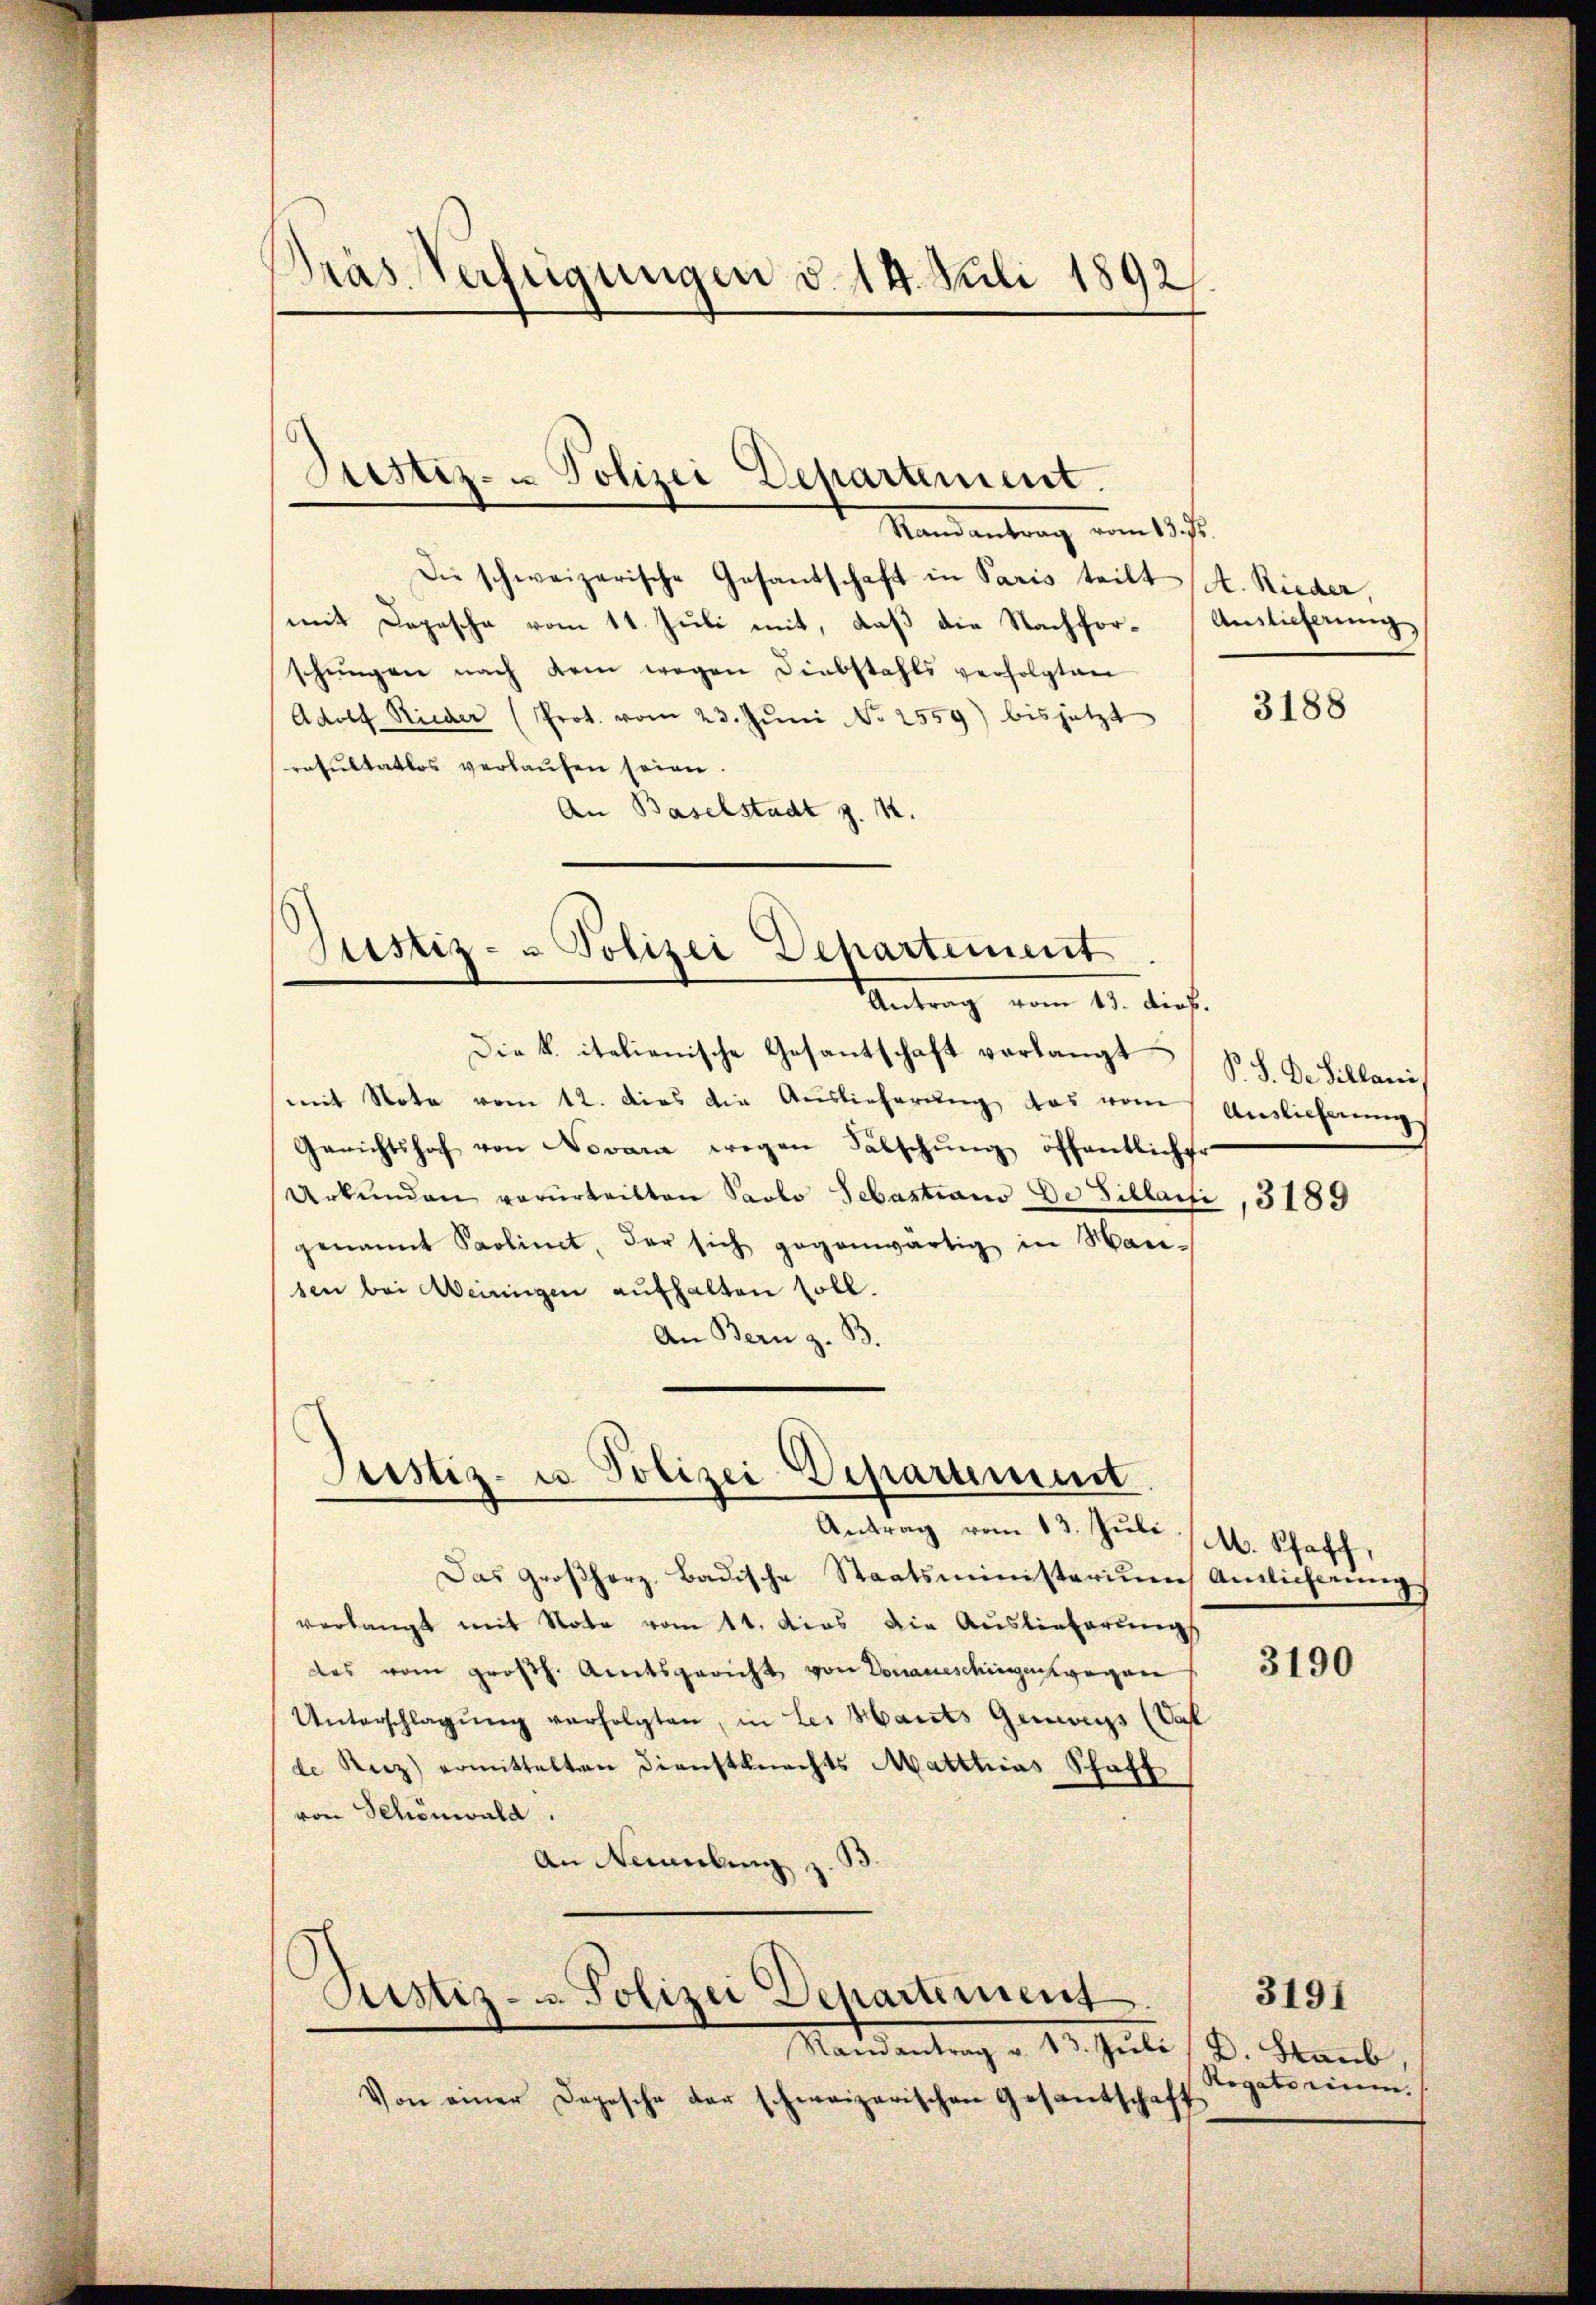
Dräs Verfügungen d. 14. Juli 1892
g

Justiz- u Polizei Departement.

Justiz- & Polizei Departement
Antrag vom 13. dieß.

Justiz- u. Polizei Departement

Pustiz- u. Polizei Departement

Randantrag v. 13. Juli d. Staub
Von einer Depesche der schweizerischen Gesantschaft

Mandantrag vom 1sten
Die schweizerische Gesandschaft in Paris teilt (A. Rieder,
mit Depesche vom 11. Juli mit, daß die Nachforschŭngen nach dem wegen Diebstahls verfolgten
Adolf Rieder (Prot. vom 23. Jŭni No 2559) bis jetzt
resŭltatlos verlaŭfen seien.
An Baselstadt z. K.

Die k. italienische Gesantschaft verlangt
mit Note vom 12. dies die Auslieferung, das vom Auslieferung
Gerichtshof von Novar wegen Fälschŭng öffentlicher
Urkunden verurteilten Paolo Sebastiano De Fillaife
genannt Paolinet, der sich gegenwärtig in Wan-
sen bei einigen aufhalten soll.
An Bern z. B.

Antrag vom 13. Jŭli (M. Schaff,
Das Großherz. Badische Staatsministerium Amtlicherung.
verlangt mit Note vom 1t. dies die Auslieferungs
des vom großh. Amtsgericht von Donaueschingen wegen
Unterschlagung verfolgten, in Les Hausts Geners (Sa
de Reiz) ermittelten Dienstknechts Matthias Schaff
von Schönwald.
An Neubing

Auslieferung

3188

P.S. Der Sillani

3189

3190

Rogatorium

3191